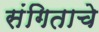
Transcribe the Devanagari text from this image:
संगिताचे